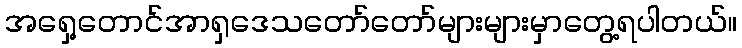
အရှေ့တောင်အာရှဒေသတော်တော်များများမှာတွေ့ရပါတယ်။